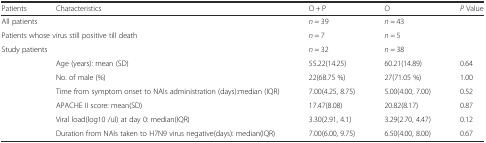
<table><thead><tr><td><b>Patients</b></td><td><b>Characteristics</b></td><td><b>O + P</b></td><td><b>O</b></td><td><b><i>P</i> Value</b></td></tr></thead><tbody><tr><td colspan="2">All patients</td><td><i>n</i> = 39</td><td><i>n</i> = 43</td><td></td></tr><tr><td colspan="2">Patients whose virus still positive till death</td><td><i>n</i> = 7</td><td><i>n</i> = 5</td><td></td></tr><tr><td colspan="2">Study patients</td><td><i>n</i> = 32</td><td><i>n</i> = 38</td><td></td></tr><tr><td></td><td>Age (years): mean (SD)</td><td>55.22(14.25)</td><td>60.21(14.89)</td><td>0.64</td></tr><tr><td></td><td>No. of male (%)</td><td>22(68.75 %)</td><td>27(71.05 %)</td><td>1.00</td></tr><tr><td></td><td>Time from symptom onset to NAIs administration (days):median (IQR)</td><td>7.00(4.25, 8.75)</td><td>5.00(4.00, 7.00)</td><td>0.52</td></tr><tr><td></td><td>APACHE II score: mean(SD)</td><td>17.47(8.08)</td><td>20.82(8.17)</td><td>0.87</td></tr><tr><td></td><td>Viral load(log10 /ul) at day 0: median(IQR)</td><td>3.30(2.91, 4.1)</td><td>3.29(2.70, 4.47)</td><td>0.12</td></tr><tr><td></td><td>Duration from NAIs taken to H7N9 virus negative(days): median(IQR)</td><td>7.00(6.00, 9.75)</td><td>6.50(4.00, 8.00)</td><td>0.67</td></tr></tbody></table>